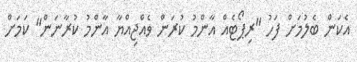
އެކަން ބެލުމަށް ފަހު "ރިޕޯޓެއް އާންމު ކުރަން ވެއްޖިއްޔާ އާންމު ކުރާނަން" ކަމަށް